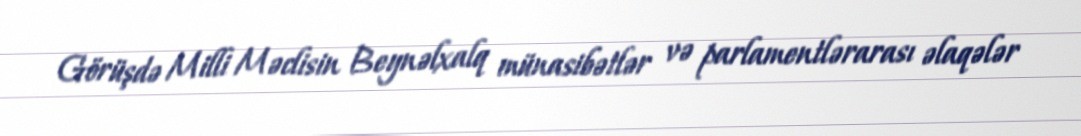
Görüşdə Milli Məclisin Beynəlxalq münasibətlər və parlamentlərarası əlaqələr